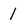
Character: 1